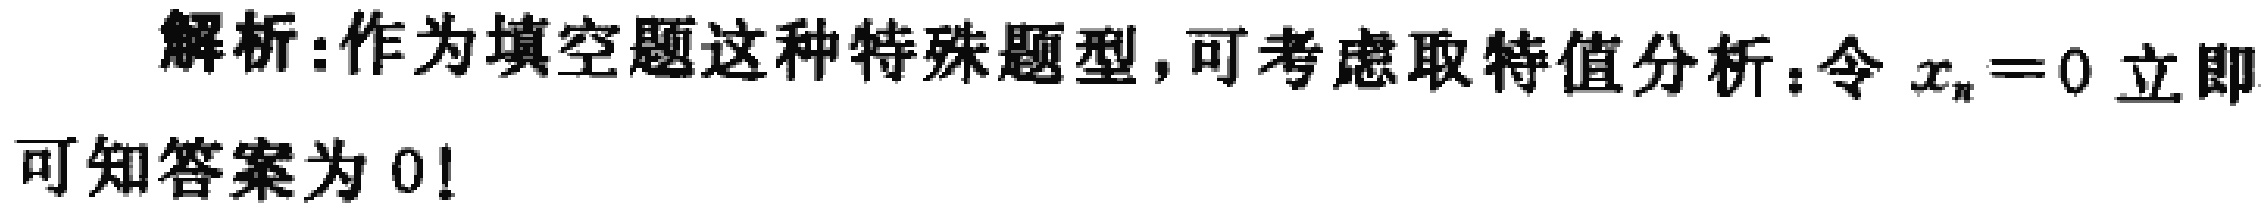
解析:作为填空题这种特殊题型,可考虑取特值分析：令 \(x_{n}=0\) 立即可知答案为 \(0!\)